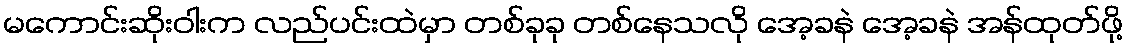
မကောင်းဆိုးဝါးက လည်ပင်းထဲမှာ တစ်ခုခု တစ်နေသလို အေ့ခနဲ အေ့ခနဲ အန်ထုတ်ဖို့